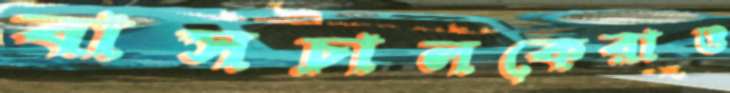
বাসচালকেরাও